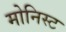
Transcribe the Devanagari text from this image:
मोनिस्ट